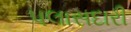
પલાસદારી